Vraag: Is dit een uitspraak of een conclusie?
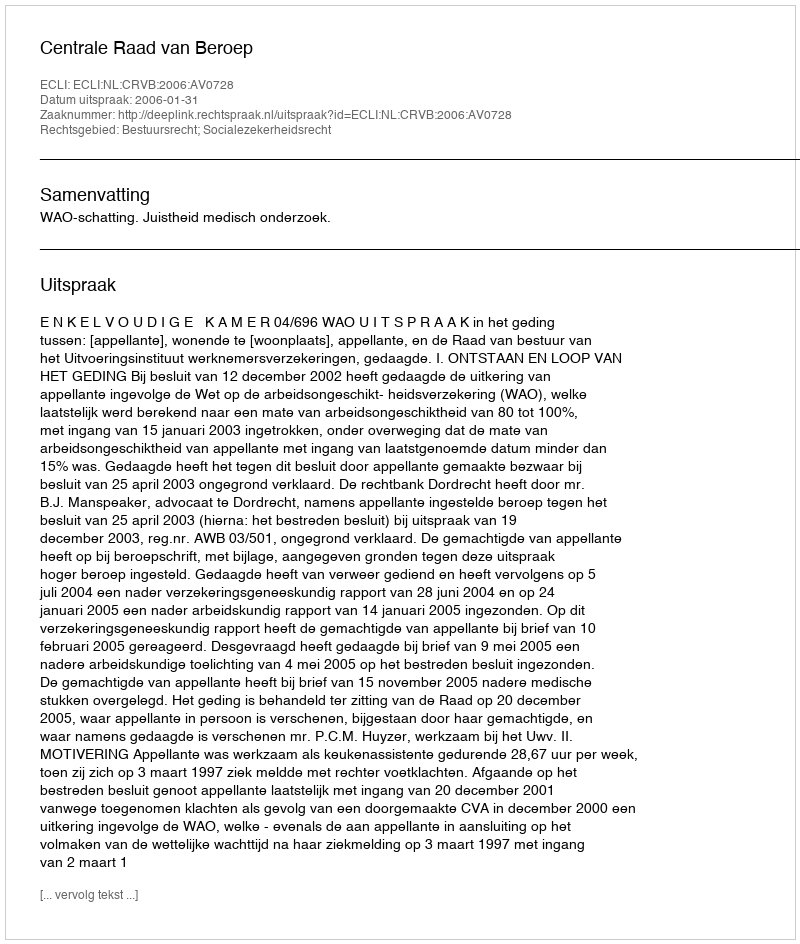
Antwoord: Uitspraak